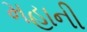
મહાની